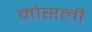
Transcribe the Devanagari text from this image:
मोसली